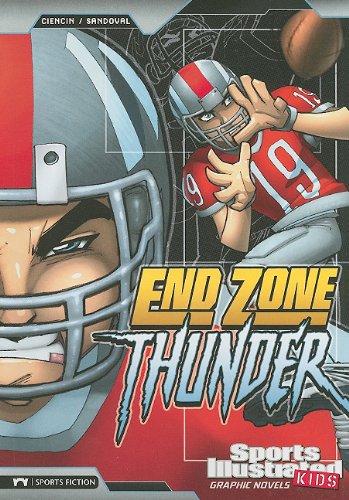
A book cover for End Zone Thunder (Sports Illustrated Kids Graphic Novels); Scott Ciencin; Children's Books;